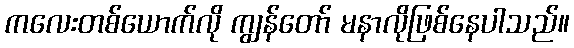
ကလေးတစ်ယောက်လို ကျွန်တော် မနာလိုဖြစ်နေပါသည်။